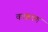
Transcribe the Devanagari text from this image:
काष्ठगण